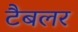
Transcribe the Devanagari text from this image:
टैबलर